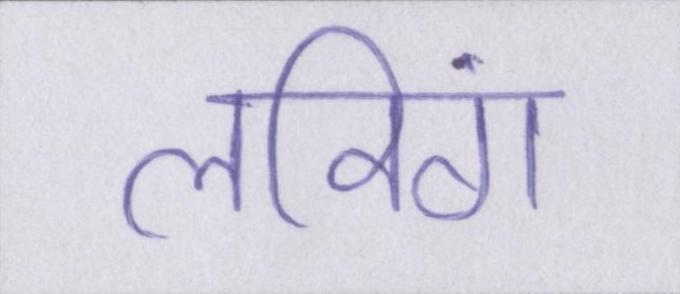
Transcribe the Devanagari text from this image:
लविंग